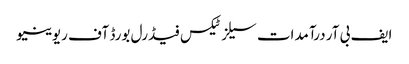
ایف بی آر درآمدات سیلز ٹیکس فیڈرل بورڈ آف ریوینیو